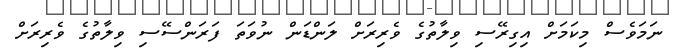
ނަމަވެސް މިކަމަށް އިގިރޭސި ވިލާތުގެ ވެރިރަށް ލަންޑަން ނުވަތަ ފަރަންސޭސި ވިލާތުގެ ވެރިރަށް